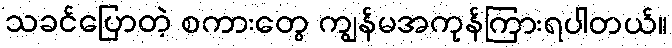
သခင်ပြောတဲ့ စကားတွေ ကျွန်မအကုန်ကြားရပါတယ်။